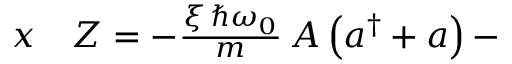
\begin{array} { r l } { x } & { { } Z = - \frac { \xi \, \hslash \omega _ { 0 } } { m } \, A \left( a ^ { \dag } + a \right) - } \end{array}